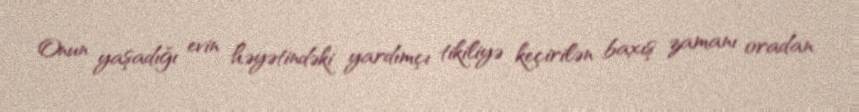
Onun yaşadığı evin həyətindəki yardımçı tikiliyə keçirilən baxış zamanı oradan